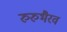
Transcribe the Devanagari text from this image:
रुरुभैरव